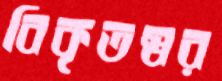
বিকৃতস্বর